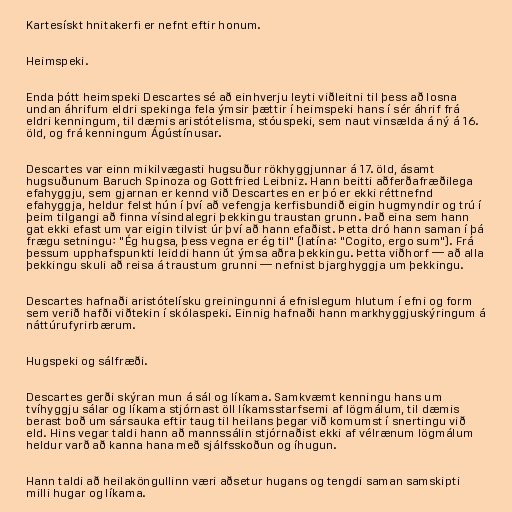
Kartesískt hnitakerfi er nefnt eftir honum.

Heimspeki.

Enda þótt heimspeki Descartes sé að einhverju leyti viðleitni til þess að losna
undan áhrifum eldri spekinga fela ýmsir þættir í heimspeki hans í sér áhrif frá
eldri kenningum, til dæmis aristótelisma, stóuspeki, sem naut vinsælda á ný á 16.
öld, og frá kenningum Ágústínusar.

Descartes var einn mikilvægasti hugsuður rökhyggjunnar á 17. öld, ásamt
hugsuðunum Baruch Spinoza og Gottfried Leibniz. Hann beitti aðferðafræðilega
efahyggju, sem gjarnan er kennd við Descartes en er þó er ekki réttnefnd
efahyggja, heldur felst hún í því að vefengja kerfisbundið eigin hugmyndir og trú í
þeim tilgangi að finna vísindalegri þekkingu traustan grunn. Það eina sem hann
gat ekki efast um var eigin tilvist úr því að hann efaðist. Þetta dró hann saman í þá
frægu setningu: "Ég hugsa, þess vegna er ég til" (latína: "Cogito, ergo sum"). Frá
þessum upphafspunkti leiddi hann út ýmsa aðra þekkingu. Þetta viðhorf — að alla
þekkingu skuli að reisa á traustum grunni — nefnist bjarghyggja um þekkingu.

Descartes hafnaði aristótelísku greiningunni á efnislegum hlutum í efni og form
sem verið hafði viðtekin í skólaspeki. Einnig hafnaði hann markhyggjuskýringum á
náttúrufyrirbærum.

Hugspeki og sálfræði.

Descartes gerði skýran mun á sál og líkama. Samkvæmt kenningu hans um
tvíhyggju sálar og líkama stjórnast öll líkamsstarfsemi af lögmálum, til dæmis
berast boð um sársauka eftir taug til heilans þegar við komumst í snertingu við
eld. Hins vegar taldi hann að mannssálin stjórnaðist ekki af vélrænum lögmálum
heldur varð að kanna hana með sjálfsskoðun og íhugun.

Hann taldi að heilaköngullinn væri aðsetur hugans og tengdi saman samskipti
milli hugar og líkama.